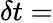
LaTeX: \delta t=